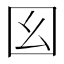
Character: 𡆩